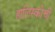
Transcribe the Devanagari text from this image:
हालिस्कोची